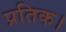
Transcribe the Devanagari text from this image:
प्रतिक।